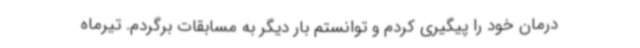
درمان خود را پیگیری کردم و توانستم بار دیگر به مسابقات برگردم. تیرماه